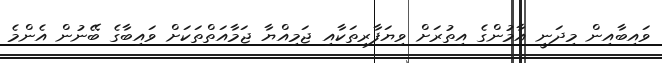
ވައިބާއިން މިދަނީ އާމުންގެ އިތުރަށް ވިޔަފާރިތަކާއި ޖަމިއްޔާ ޖަމާއަތްތަކަށް ވައިބާގެ ބޭނުން އެންމެ